Vaccination North-Western Provinces and Oudh 1896-1901 - 1896-1901
Year: 1896
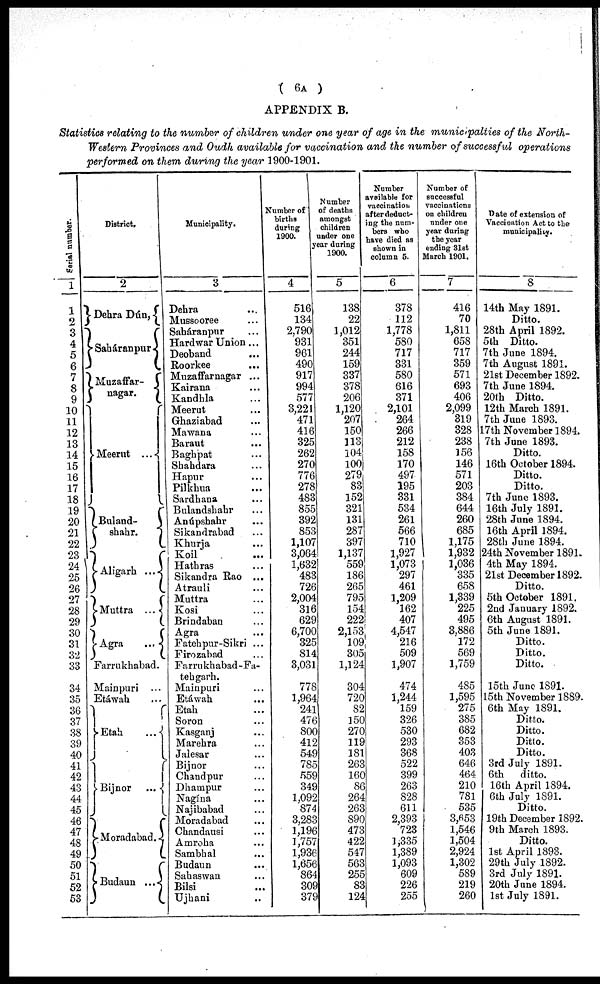
( 6A )
APPENDIX B.
Statistics relating to the number of children under one year of age in the municipalties of the North-
Western Provinces and Oudh available for vaccination and the number of successful operations
performed on them during the year 1900-1901.
Serial number.
1
1
2
3
4
5
6
7
8
9
10
11
12
13
14
15
16
17
18
19
20
21
22
23
24
25
26
27
28
29
30
31
32
33
34
35
36
37
38
39
40
41
42
43
44
45
46
47
48
49
50
51
52
53
District.
2
Dehra Dún,
Saháranpur
Muzaffar¬
nagar.
Meerut ...
Buland¬
shahr.
Aligarh ...
Muttra ...
Agra
...
Farrukhabad.
Mainpuri ...
Etáwah
Etah
Bijnor
...
Moradabad.
Budaun ...
Municipality.
3
Dehra
Mussooree
Saháranpur
Hardwar Union ...
Deoband
Roorkee
Muzaffarnagar ...
Kairana
Kandhla
Meerut
Ghaziabad
Mawana
Baraut
Baghpat
Shahdara
Hapur
Pilkhua
Sardhana
Bulandshahr
Anúpshahr
Sikandrabad
Khurja
Koil
Hathras
Sikandra Rao ...
Atrauli
Muttra
Kosi
Brindaban
Agra
Fatehpur-Sikri ...
Firozabad
Farrukhabad-Fa¬
tehgarh.
Mainpuri
Etáwah
Etah
Soron
Kasganj
Marehra
Jalesar
Bijnor
Chandpur
Dhampur
Nagína
Najibabad
Moradabad
Chandausi
Amroha
Sambhal
Budaun
Sahaswan
Bilsi
Ujhani
Number of
births
during
1900.
4
516
134
2,790
931
961
490
917
994
577
3,221
471
416
325
262
270
776
278
483
855
392
853
1,107
3,064
1,632
483
726
2,004
316
629
6,700
325
814
3,031
778
1,964
241
476
800
412
549
785
559
349
1,092
874
3,283
1,196
1,757
1,936
1,656
864
309
379
Number
of deaths
amongst
children
under one
year during
1900.
5
138
22
1,012
351
244
159
337
378
206
1,120
207
150
113
104
100
279
83
152
321
131
287
397
1,137
559
186
265
795
154
222
2,153
109
305
1,124
304
720
82
150
270
119
181
263
160
86
264
263
890
473
422
547
563
255
83
124
Number
available for
vaccination
after deduct-
ing the num-
bers who
have died as
shown in
column 5.
6
378
112
1,778
580
717
331
580
616
371
2,101
264
266
212
158
170
497
195
331
534
261
566
710
1,927
1,073
297
461
1,209
162
407
4,547
216
509
1,907
474
1,244
159
326
530
293
368
522
399
263
828
611
2,393
723
1,335
1,389
1,093
609
226
255
Number of
successful
vaccinations
on children
under one
year during
the year
ending 31st
March 1901.
7
416
70
1,811
658
717
359
571
693
406
2,099
319
328
238
156
146
571
203
384
644
260
685
1,175
1,932
1,036
335
658
1,339
225
495
3,886
172
569
1,759
485
1,595
275
385
682
353
403
646
464
210
781
535
3,653
1,546
1,504
2,924
1,302
589
219
260
Date of extension of
Vaccination Act to the
municipality.
8
14th May 1891.
Ditto.
28th April 1892.
5th Ditto.
7th June 1894.
7th August 1891.
21st December 1892.
7th June 1894.
20th Ditto.
12th March 1891.
7th June 1893.
17th November 1894.
7th June 1893.
Ditto.
16th October 1894.
Ditto.
Ditto.
7th June 1893.
16th July 1891.
28th June 1894.
16th April 1894.
28th June 1894.
24th November 1891.
4th May 1894.
21st December 1892.
Ditto.
5th October 1891.
2nd January 1892.
6th August 1891.
5th June 1891.
Ditto.
Ditto.
Ditto.
15th June 1891.
15th November 1889.
6th May 1891.
Ditto.
Ditto.
Ditto.
Ditto.
3rd July 1891.
6th
ditto.
16th April 1894.
6th July 1891.
Ditto.
19th December 1892.
9th March 1893.
Ditto.
1st April 1893.
29th July 1892.
3rd July 1891.
20th June 1894.
1st July 1891.